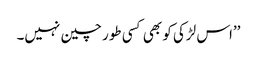
’’اس لڑکی کو بھی کسی طور چین نہیں۔